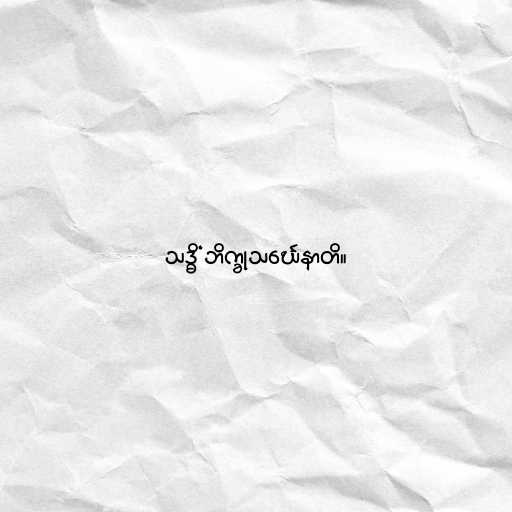
သဒ္ဓိံ ဘိက္ခုသင်္ဃေနာတိ။